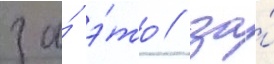
за́ э́то / за́